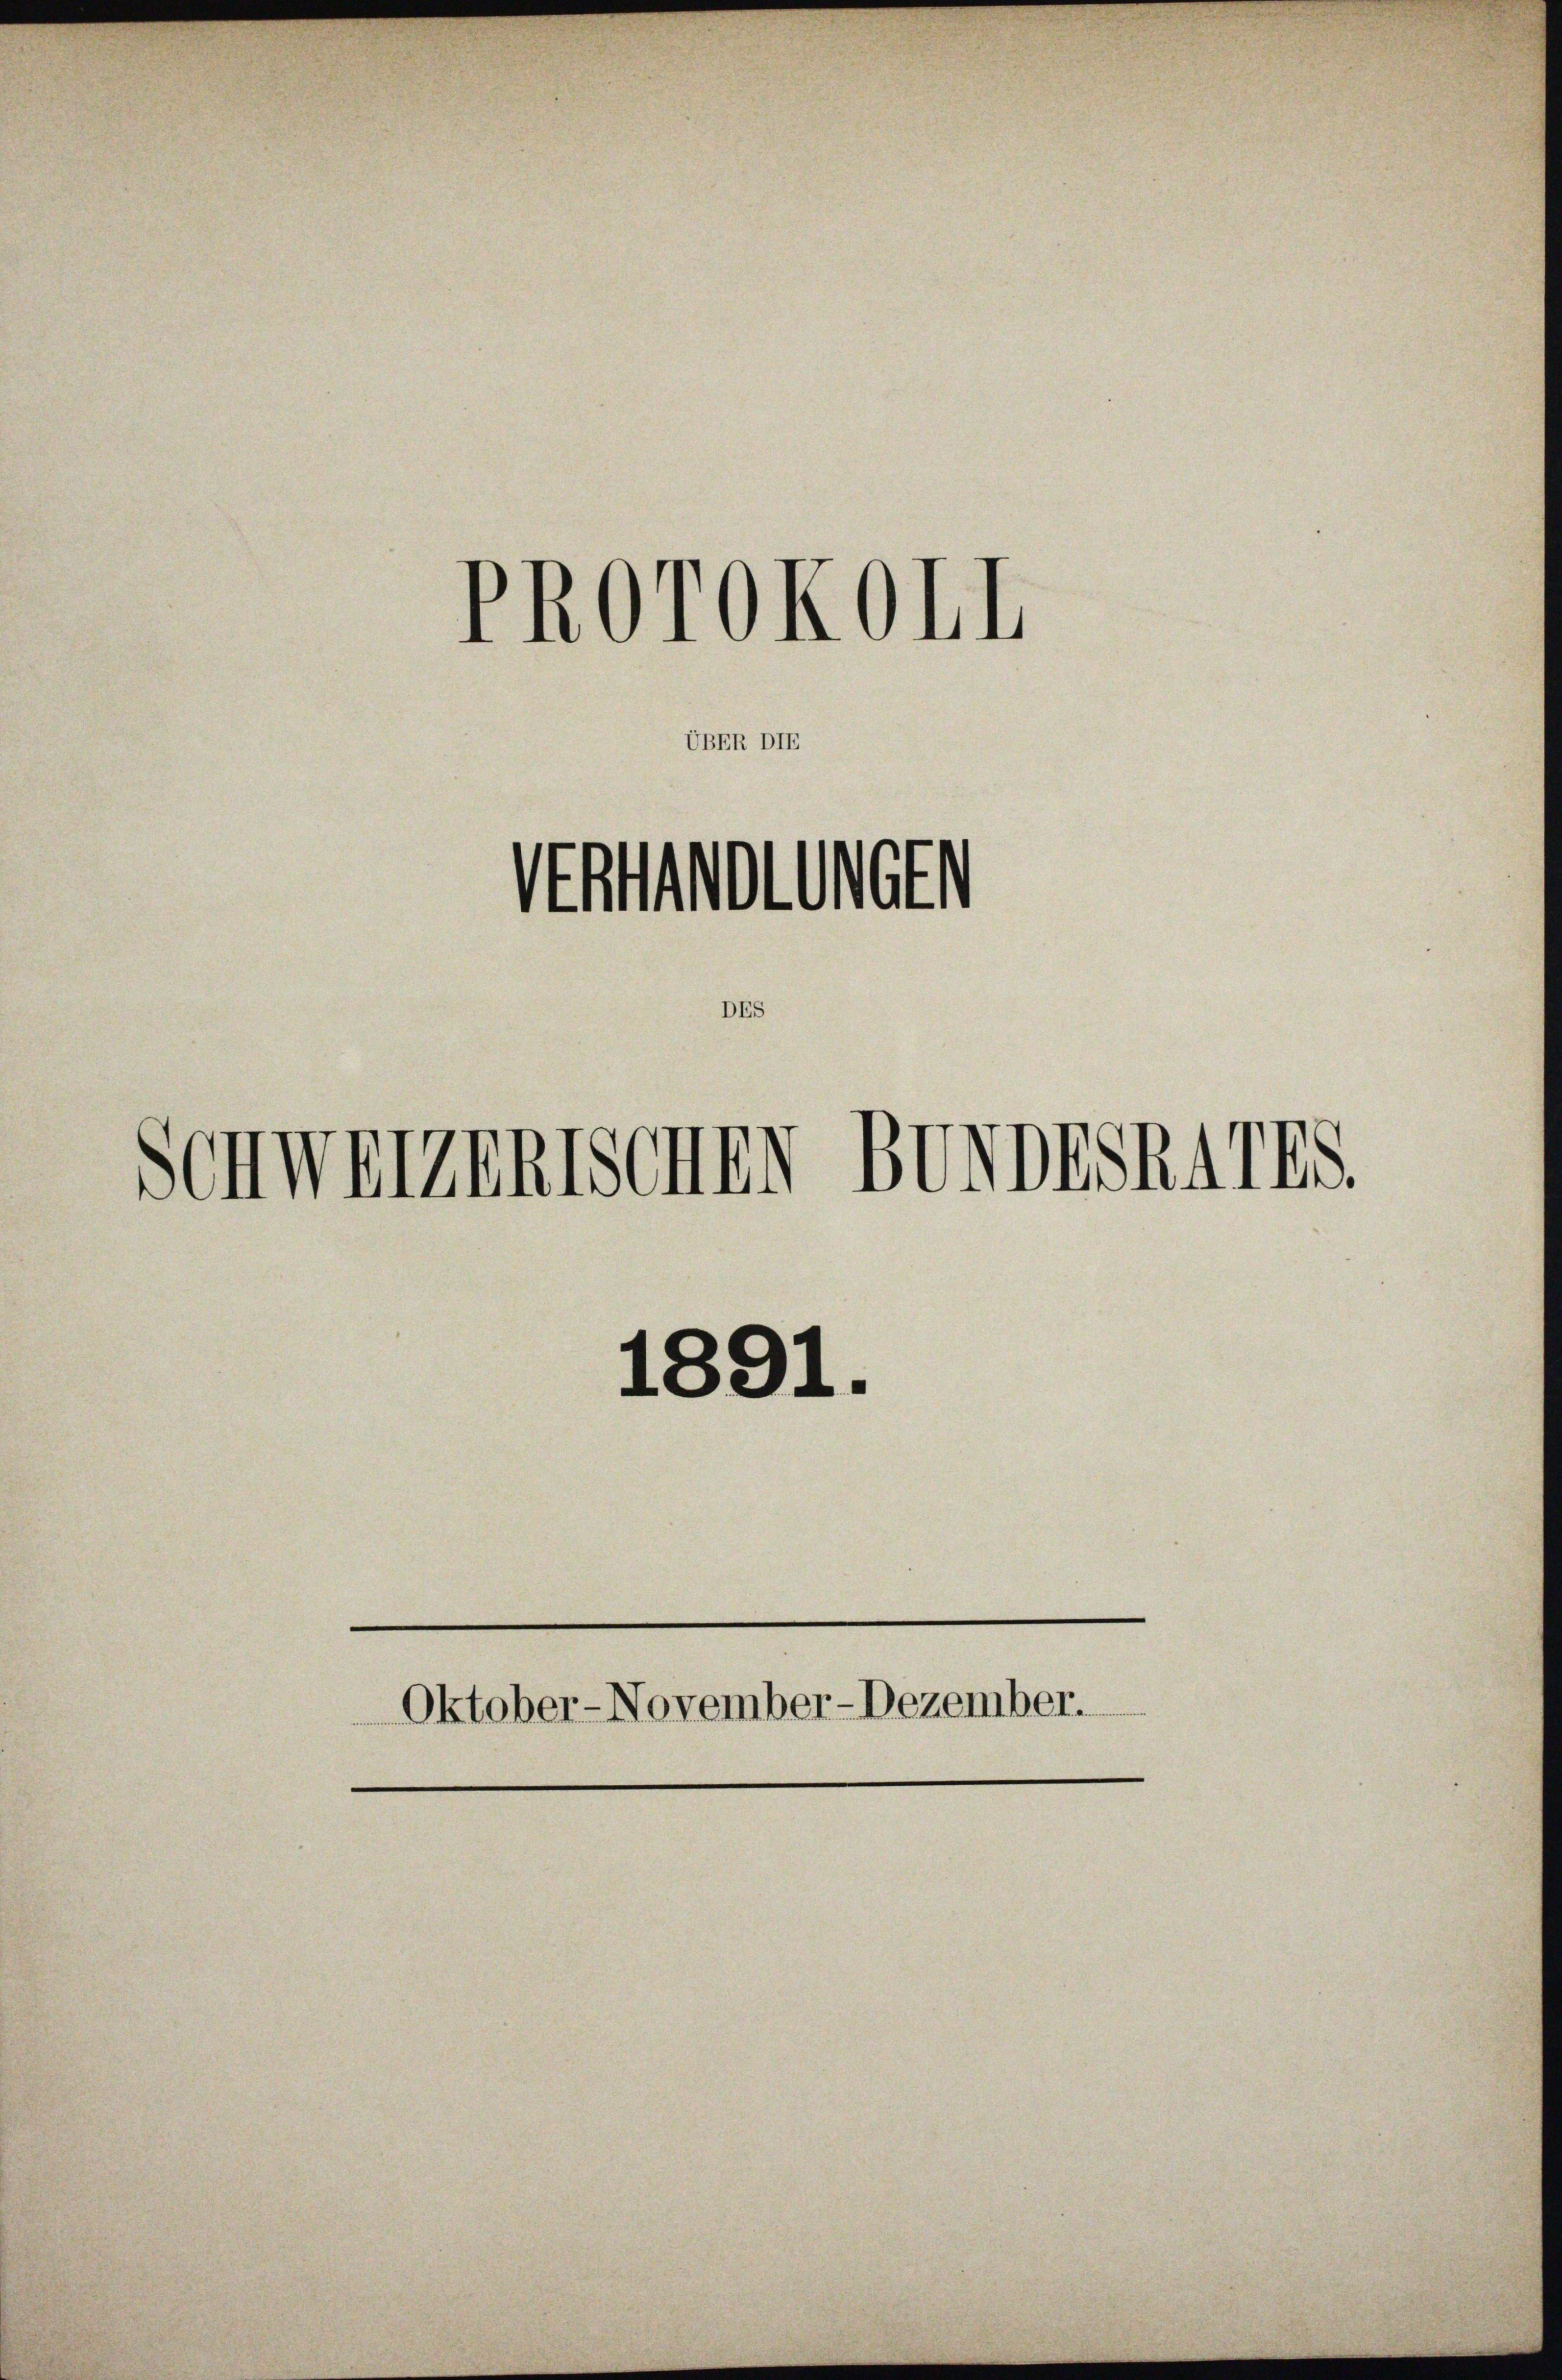
UBER DIE

PROrokohl

Artholdet
Schweizerischen BUNDESR4IIS.

1891.
Oktober-November-Dezember.